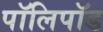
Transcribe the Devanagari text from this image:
पॉलिपॉड